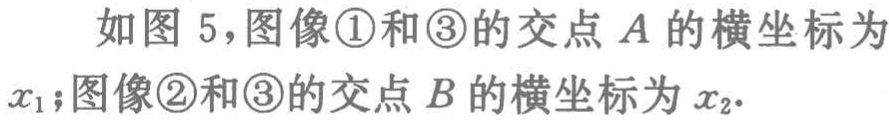
如图 5，图像\textcircled{1}和\textcircled{3}的交点 \(A\) 的横坐标为 \(x_{1}\)；图像\textcircled{2}和\textcircled{3}的交点 \(B\) 的横坐标为 \(x_{2}\)．